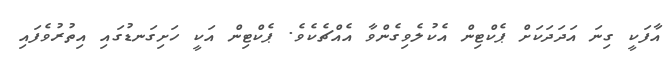
އާފަކީ ގިނަ އަދަދަކަށް ޕެކްޓިން އެކުލެވިގެންވާ އެއްޗެކެވެ. ޕެކްޓިން އަކީ ހަށިގަނޑުގައި އިތުރުވެފައި